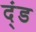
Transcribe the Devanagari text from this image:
द्ंड